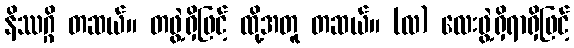
နိဿဂ္ဂိ တဆယ်။ တဖွဲ့ရှိဖြင့် ထို့အတူ တဆယ်။ (လ) လေးဖွဲ့ရှိရာရှိဖြင့်